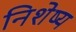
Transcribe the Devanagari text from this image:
निशेष्य